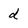
Character: d